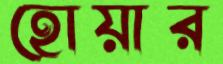
হোয়ার